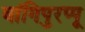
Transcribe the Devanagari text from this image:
वांगिपुरप्पू